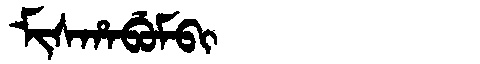
Manchu: ᠮᡳᠰᡥᠠᠪᡠᠮᠪᡳ
Romanization: MISHABUMBI